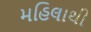
મહિલાથી